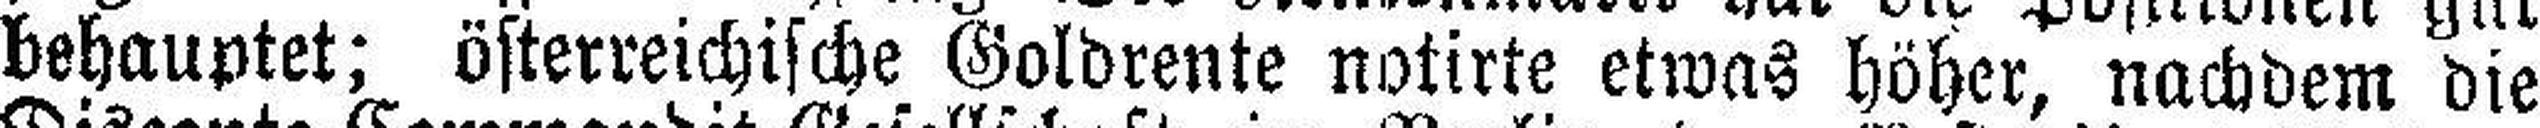
behauptet; österreichische Goldrente notirte etwas höher, nachdem die